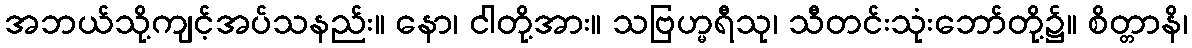
အဘယ်သို့ကျင့်အပ်သနည်း။ နော၊ ငါတို့အား။ သဗြဟ္မရီသု၊ သီတင်းသုံးဘော်တို့၌။ စိတ္တာနိ၊